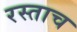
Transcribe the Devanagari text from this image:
रस्ताच